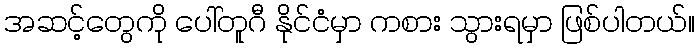
အဆင့်တွေကို ပေါ်တူဂီ နိုင်ငံမှာ ကစား သွားရမှာ ဖြစ်ပါတယ်။